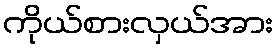
ကိုယ်စားလှယ်အား